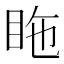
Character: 𥅓